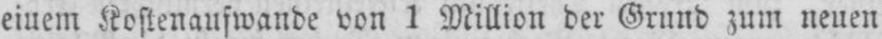
einem Kostenaufwande von 1 Million der Grund zum neuen